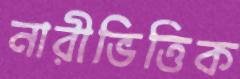
নারীভিত্তিক